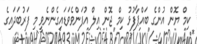
ކިމް ޔޮން އުންގެ ބައްޕާފުޅު ކިމް ޖޮން އިލް އުފަންވެވަޑައިގެންނެވީ މި ފަރުބަދައިގެ